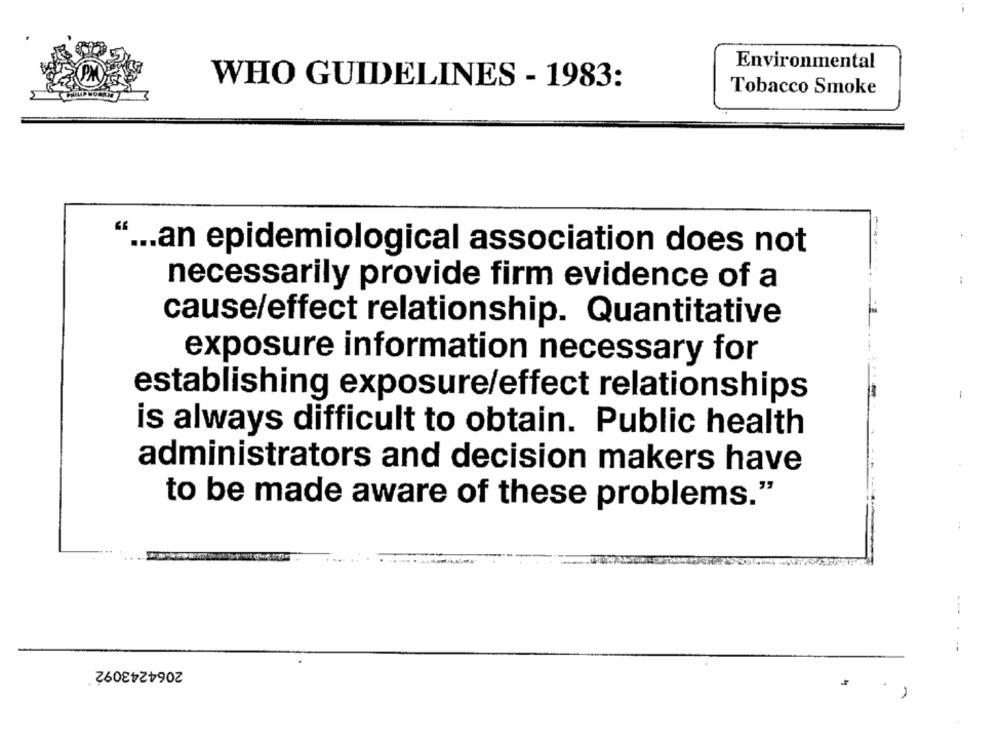
Environmental
WHO GUIDELINES - 1983:
Tobacco Smoke
" ... an epidemiological association does not
----
necessarily provide firm evidence of a
cause/effect relationship. Quantitative
exposure information necessary for
establishing exposure/effect relationships
is always difficult to obtain. Public health
administrators and decision makers have
to be made aware of these problems."
---
2064243092